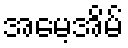
အမေ့အိမ်